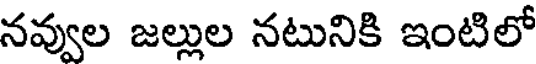
నవ్వుల జల్లుల నటునికి ఇంటిలో